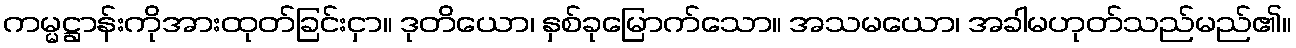
ကမ္မဋ္ဌာန်းကိုအားထုတ်ခြင်းငှာ။ ဒုတိယော၊ နှစ်ခုမြောက်သော။ အသမယော၊ အခါမဟုတ်သည်မည်၏။